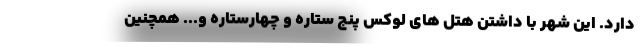
دارد. این شهر با داشتن هتل های لوکس پنج ستاره و چهارستاره و... همچنین